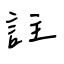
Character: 註